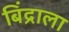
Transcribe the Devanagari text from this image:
बिंद्राला